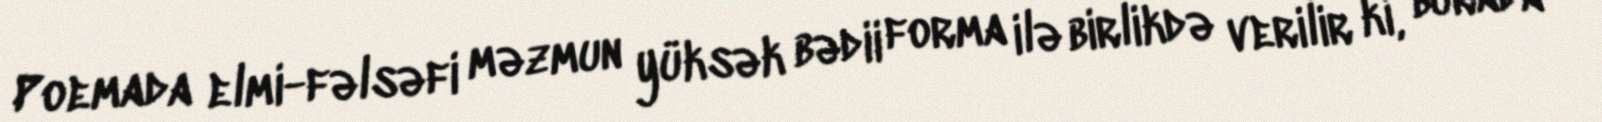
Poemada elmi-fəlsəfi məzmun yüksək bədii forma ilə birlikdə verilir ki, burada